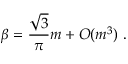
\beta = \frac { \sqrt { 3 } } { \pi } m + O ( m ^ { 3 } ) \; .